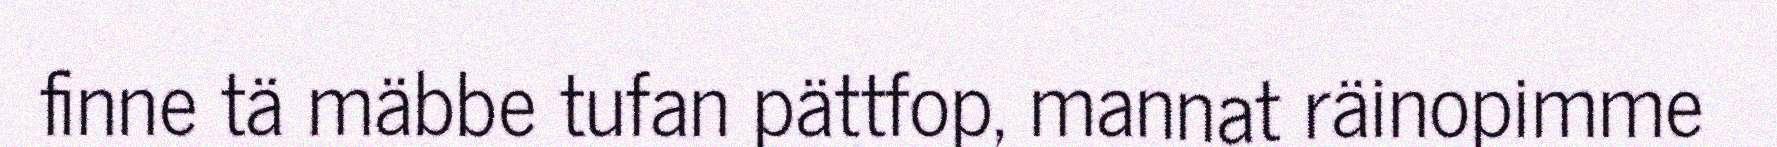
finne tä mäbbe tufan pättfop, mannat räinopimme